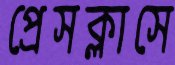
প্রেসক্লাসে